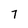
Character: 7